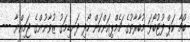
ބުޗާ ކަޕް ފުޓުބޯޅަ މުބާރާތުގެ ޗެމްޕިއަންކަން ހޯދި ދަނޑިމަގު ޒުވާނުންގެ ޖަމިއްޔާ ---